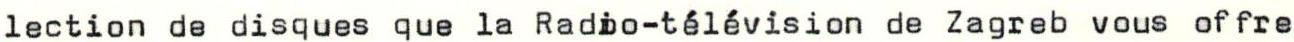
lection de disques que la Radio-télévision de Zagreb vous offre